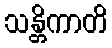
သန္တိကာတိ